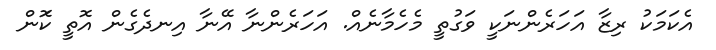
އެކަމަކު ރިޒާ އަހަރެންނަކީ ވަގުތީ މެހެމާނެއް. އަހަރެންނާ އޭނާ އިނދެގެން އޮތީ ކަޮން